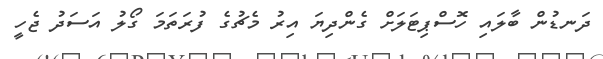
ދަނޑުން ބާލައި ހޮސްޕިޓަލަށް ގެންދިޔަ އިރު މެޗުގެ ފުރަތަމަ ގޯލު އަސަދު ޖެހީ